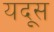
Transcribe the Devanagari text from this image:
यदूस